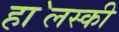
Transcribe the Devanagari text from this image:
हा॓लस्की